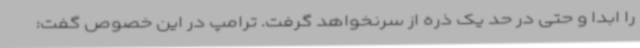
را ابدا و حتی در حد یک ذره از سرنخواهد گرفت. ترامپ در این خصوص گفت: